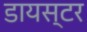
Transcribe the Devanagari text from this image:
डायस्टर